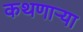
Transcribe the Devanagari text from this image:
कथणाऱ्या